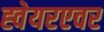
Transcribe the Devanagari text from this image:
ह्वेयरएवर